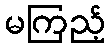
မကြည့်